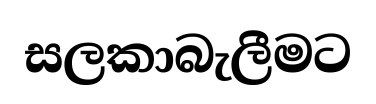
සලකාබැලීමට